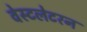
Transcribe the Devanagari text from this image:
वेस्टलेटरन